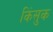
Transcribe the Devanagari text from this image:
किंसुक